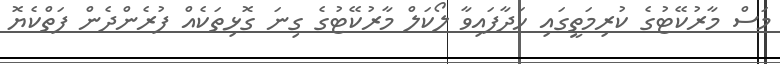
މަސް މާރުކޭޓުގެ ކުރިމަތީގައި ހަދާފައިވާ ލޯކަލް މާރުކޭޓުގެ ގިނަ ގޮޅިތަކެއް ފުރެންދެން ފަތްކެޔޮ